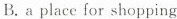
B. a place for shopping